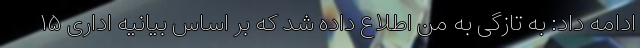
ادامه داد: به تازگی به من اطلاع داده شد که بر اساس بیانیه اداری ۱۵